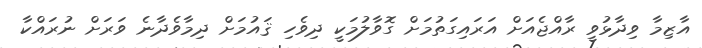
އާޒިމާ ވިދާޅުވީ ރާއްޖެއަށް އަރައިގަތުމަށް ގޮވާލުމަކީ ދިވެހި ޤައުމަށް ދިމާވެދާނެ ވަރަށް ނުރައްކާ